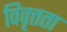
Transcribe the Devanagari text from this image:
विवृत्तता